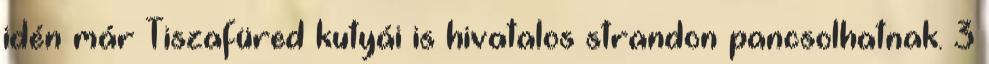
idén már Tiszafüred kutyái is hivatalos strandon pancsolhatnak. 3